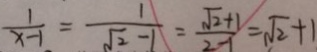
\frac { 1 } { x - 1 } = \frac { 1 } { \sqrt { 2 } - 1 } = \frac { \sqrt { 2 } + 1 } { 2 - 1 } = \sqrt { 2 } + 1